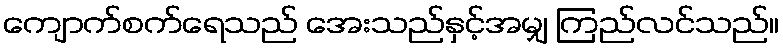
ကျောက်စက်ရေသည် အေးသည်နှင့်အမျှ ကြည်လင်သည်။